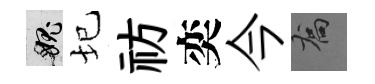
愧圮祊奕今喬